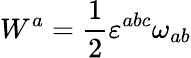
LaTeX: W^{a}=\frac{1}{2}{\varepsilon}^{abc}{\omega}_{ab}